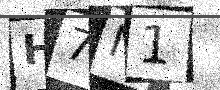
Text: H7N1